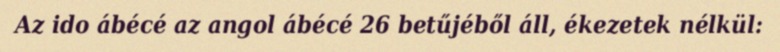
Az ido ábécé az angol ábécé 26 betűjéből áll, ékezetek nélkül: